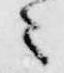
々